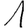
Digit: 1